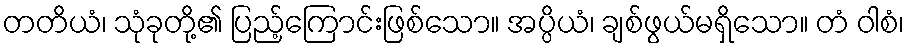
တတိယံ၊ သုံခုတို့၏ ပြည့်ကြောင်းဖြစ်သော။ အပ္ပိယံ၊ ချစ်ဖွယ်မရှိသော။ တံ ဝါစံ၊